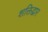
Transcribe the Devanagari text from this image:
शक्तिद्वार